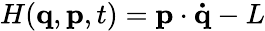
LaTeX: H(\mathbf{q},\mathbf{p},t)=\mathbf{p}\cdot\mathbf{\dot{q}}-L